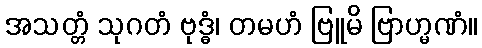
အသတ္တံ သုဂတံ ဗုဒ္ဓံ၊ တမဟံ ဗြူမိ ဗြာဟ္မဏံ။